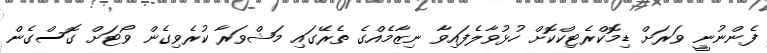
ފެންނުނީ ވަރަށް ޑިމޮކްރެޓިކްކޮށް ހުޅުވާލެފައިވާ ނިޒާމެއްގެ ތެރޭގައި މަޝްވަރާ ކުރެވިގެން ވޯޓަށް ގޮސްގެން